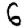
Digit: 6